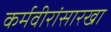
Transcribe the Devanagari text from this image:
कर्मवीरांसारखा